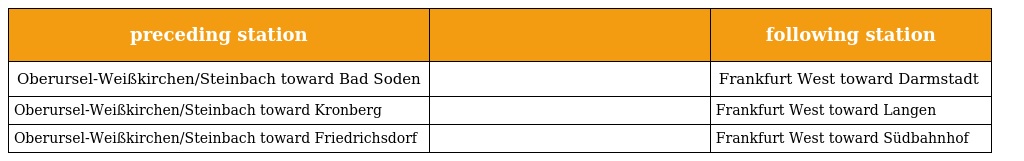
| preceding station |  | following station |
 | --- | --- | --- |
 | Oberursel-Weißkirchen/Steinbach toward Bad Soden |  | Frankfurt West toward Darmstadt |
 | Oberursel-Weißkirchen/Steinbach toward Kronberg |  | Frankfurt West toward Langen |
 | Oberursel-Weißkirchen/Steinbach toward Friedrichsdorf |  | Frankfurt West toward Südbahnhof |